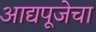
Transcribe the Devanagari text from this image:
आद्यपूजेचा